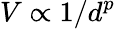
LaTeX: V\propto 1/d^{p}